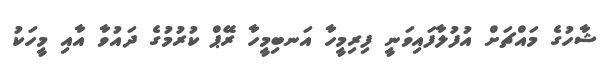
ޝާހުގެ މައްޗަށް އުފުލާފައިވަނީ ފިރިމީހާ އަނބިމީހާ ރޭޕް ކުރުމުގެ ދައުވާ އާއި މީހަކު